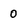
Character: 0